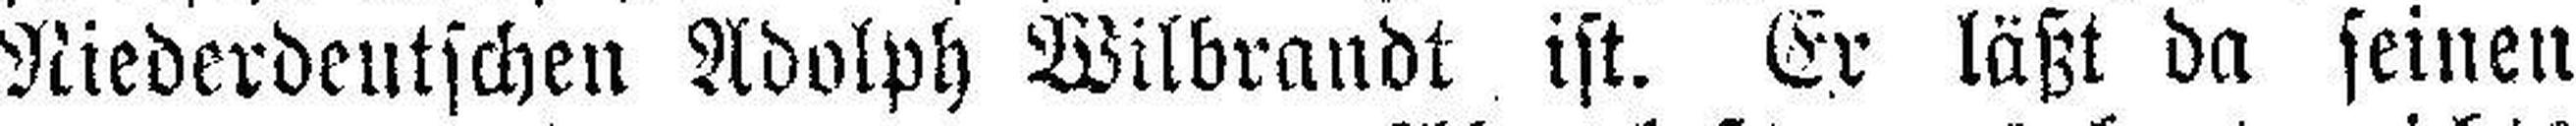
Niederdeutschen Adolph Wilbrandt ist. Er läßt da seinen